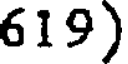
619)